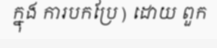
ក្នុង ការបកប្រែ ) ដោយ ពួក